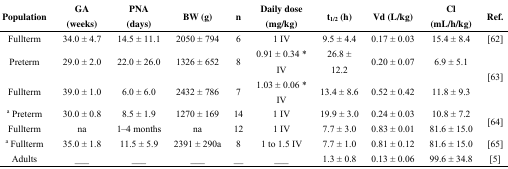
<table><thead><tr><td><b>Population</b></td><td><b>GA (weeks)</b></td><td><b>PNA (days)</b></td><td><b>BW (g)</b></td><td><b>n</b></td><td><b>Daily dose (mg/kg)</b></td><td><b>t<sub>1/2</sub> (h)</b></td><td><b>Vd (L/kg)</b></td><td><b>Cl (mL/h/kg)</b></td><td><b>Ref.</b></td></tr></thead><tbody><tr><td>Fullterm</td><td>34.0 ± 4.7</td><td>14.5 ± 11.1</td><td>2050 ± 794</td><td>6</td><td>1 IV</td><td>9.5 ± 4.4</td><td>0.17 ± 0.03</td><td>15.4 ± 8.4</td><td>[62]</td></tr><tr><td>Preterm</td><td>29.0 ± 2.0</td><td>22.0 ± 26.0</td><td>1326 ± 652</td><td>8</td><td>0.91 ± 0.34 * IV</td><td>26.8 ± 12.2</td><td>0.20 ± 0.07</td><td>6.9 ± 5.1</td><td rowspan="2">[63]</td></tr><tr><td>Fullterm</td><td>39.0 ± 1.0</td><td>6.0 ± 6.0</td><td>2432 ± 786</td><td>7</td><td>1.03 ± 0.06 *IV</td><td>13.4 ± 8.6</td><td>0.52 ± 0.42</td><td>11.8 ± 9.3</td></tr><tr><td><sup>a</sup> Preterm</td><td>30.0 ± 0.8</td><td>8.5 ± 1.9</td><td>1270 ± 169</td><td>14</td><td>1 IV</td><td>19.9 ± 3.0</td><td>0.24 ± 0.03</td><td>10.8 ± 7.2</td><td rowspan="2">[64]</td></tr><tr><td>Fullterm</td><td>na</td><td>1–4 months</td><td>na</td><td>12</td><td>1 IV</td><td>7.7 ± 3.0</td><td>0.83 ± 0.01</td><td>81.6 ± 15.0</td></tr><tr><td><sup>a</sup> Fullterm</td><td>35.0 ± 1.8</td><td>11.5 ± 5.9</td><td>2391 ± 290a</td><td>8</td><td>1 to 1.5 IV</td><td>7.7 ± 1.0</td><td>0.81 ± 0.12</td><td>81.6 ± 15.0</td><td>[65]</td></tr><tr><td>Adults</td><td>___</td><td>___</td><td>___</td><td>__</td><td>___</td><td>1.3 ± 0.8</td><td>0.13 ± 0.06</td><td>99.6 ± 34.8</td><td>[5]</td></tr></tbody></table>